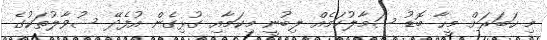
މި ހަބަރަށް މީހާ ބޮޑު ސަމާލުކަމެއް ލިބުނީ މިކަމާއި ގުޅިގެން އުފެދޭ ސުވާލުތަކުގެ